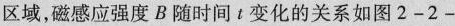
区域，磁感应强度B随时间t变化的关系如图2-2-